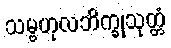
သမ္ဗဟုလဘိက္ခုသုတ္တံ